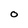
Character: O